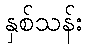
နှစ်သန်း